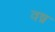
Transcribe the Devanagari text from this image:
वष्र